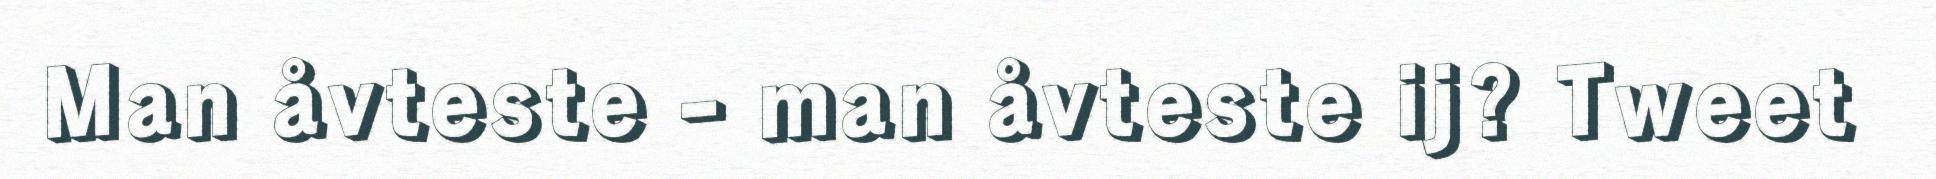
Man åvteste - man åvteste ij? Tweet